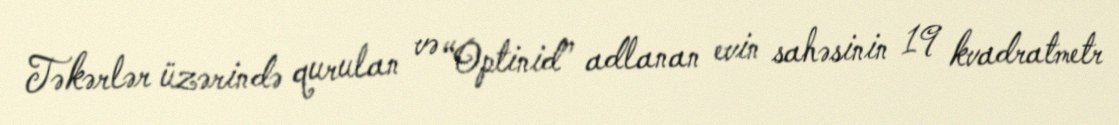
Təkərlər üzərində qurulan və “Optinid” adlanan evin sahəsinin 19 kvadratmetr